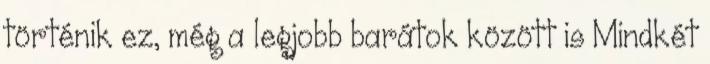
történik ez, még a legjobb barátok között is Mindkét